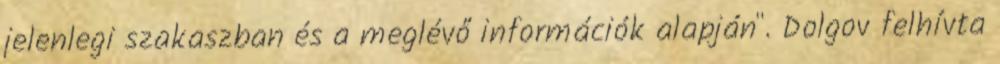
jelenlegi szakaszban és a meglévő információk alapján". Dolgov felhívta